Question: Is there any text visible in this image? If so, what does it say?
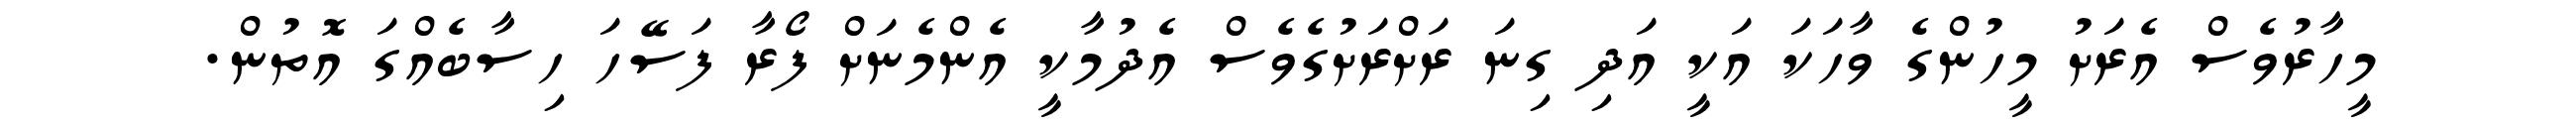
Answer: މީހާރުވެސް އެރަށު މީހުންގެ ވާހަކަ އަކީ އަދި ގިނަ ރަށްރަށުގެވެސް އެދުމާކީ އެންމެނަށް ފޯރާ ފަސޭހަ ހިސާބެއްގަ އޮތުން.